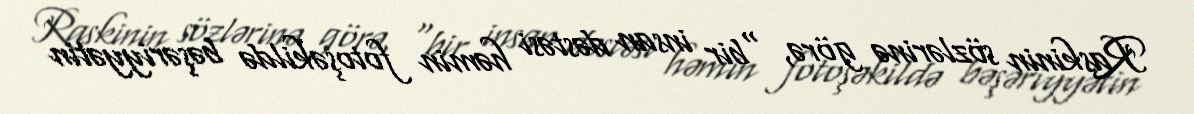
Raskinin sözlərinə görə, "bir insan dəstəsi həmin fotoşəkildə bəşəriyyətin